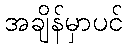
အချိန်မှာပင်